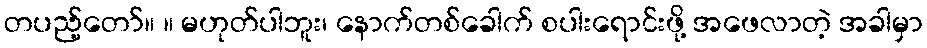
တပည့်တော်။ ။ မဟုတ်ပါဘူး၊ နောက်တစ်ခေါက် စပါးရောင်းဖို့ အဖေလာတဲ့ အခါမှာ